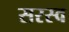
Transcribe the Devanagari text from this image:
सरस्व